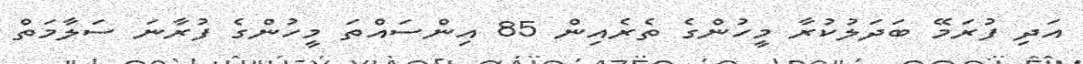
އަދި ފުރަމޭ ބަދަލުކުރާ މީހުންގެ ތެރެއިން 85 އިންސައްތަ މީހުންގެ ފުރާނަ ސަލާމަތް